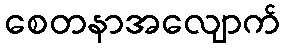
စေတနာအလျောက်